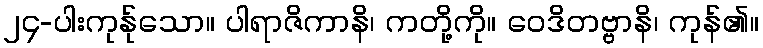
၂၄-ပါးကုန်ုသော။ ပါရာဇိကာနိ၊ ကတို့ကို။ ဝေဒိတဗ္ဗာနိ၊ ကုန်၏။